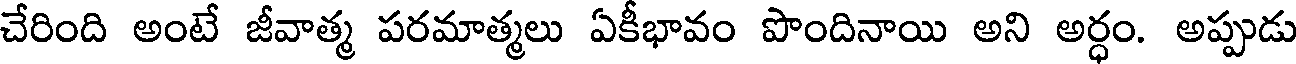
చేరింది అంటే జీవాత్మ పరమాత్మలు ఏకీభావం పొందినాయి అని అర్ధం. అప్పుడు